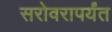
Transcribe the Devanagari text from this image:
सरोवरापर्यंत